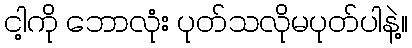
ငါ့ကို ဘောလုံး ပုတ်သလိုမပုတ်ပါနဲ့။